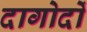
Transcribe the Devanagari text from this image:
दागोर्दो